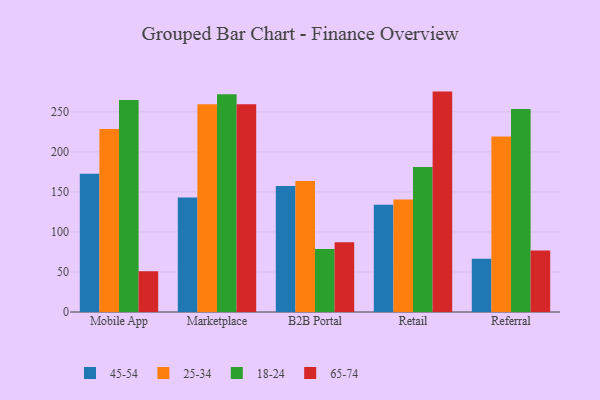
{"axis": {"x": "Channel", "y": "Demand Index"}, "legend": ["18-24", "25-34", "45-54", "65-74"], "data": [{"x": "Mobile App", "y": 172.7, "type": "45-54"}, {"x": "Mobile App", "y": 228.6, "type": "25-34"}, {"x": "Mobile App", "y": 264.7, "type": "18-24"}, {"x": "Mobile App", "y": 50.9, "type": "65-74"}, {"x": "Marketplace", "y": 142.9, "type": "45-54"}, {"x": "Marketplace", "y": 259.4, "type": "25-34"}, {"x": "Marketplace", "y": 271.9, "type": "18-24"}, {"x": "Marketplace", "y": 259.5, "type": "65-74"}, {"x": "B2B Portal", "y": 157.3, "type": "45-54"}, {"x": "B2B Portal", "y": 163.5, "type": "25-34"}, {"x": "B2B Portal", "y": 78.7, "type": "18-24"}, {"x": "B2B Portal", "y": 87.1, "type": "65-74"}, {"x": "Retail", "y": 133.8, "type": "45-54"}, {"x": "Retail", "y": 140.5, "type": "25-34"}, {"x": "Retail", "y": 180.9, "type": "18-24"}, {"x": "Retail", "y": 275.2, "type": "65-74"}, {"x": "Referral", "y": 66.6, "type": "45-54"}, {"x": "Referral", "y": 219.2, "type": "25-34"}, {"x": "Referral", "y": 253.6, "type": "18-24"}, {"x": "Referral", "y": 76.9, "type": "65-74"}]}